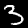
Label: 3